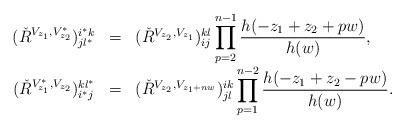
LaTeX: \begin{align*}\begin{array}{rcl}(\check{R}^{V_{z_1 }, V^{*}_{z_{2}}})^{i^* k}_{jl^* } & = &(\check{R}^{V_{z_2 }, V_{z_1 }})^{kl}_{ij}\displaystyle\prod_{p=2}^{n-1} \frac{h(-z_1 +z_2 +pw)}{h(w)}, \\(\check{R}^{V^{*}_{z_1 }, V_{z_{2}}})_{i^* j}^{kl^* } & = &(\check{R}^{V_{z_2 }, V_{z_1 +nw}})_{jl}^{ik}\displaystyle\prod_{p=1}^{n-2} \frac{h(-z_1 +z_2 -pw)}{h(w)}.\end{array}\end{align*}